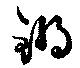
鏘